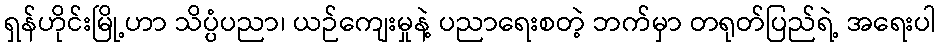
ရှန်ဟိုင်းမြို့ဟာ သိပ္ပံပညာ၊ ယဉ်ကျေးမှုနဲ့ ပညာရေးစတဲ့ ဘက်မှာ တရုတ်ပြည်ရဲ့ အရေးပါ